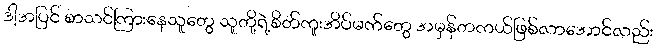
ဒါ့အပြင် စာသင်ကြားနေသူတွေ သူတို့ရဲ့စိတ်ကူးအိပ်မက်တွေ အမှန်တကယ်ဖြစ်လာအောင်လည်း